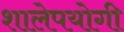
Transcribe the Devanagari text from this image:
शालेपयोगी